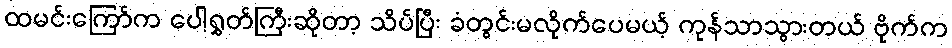
ထမင်းကြော်က ပေါ့ရွှတ်ကြီးဆိုတာ့ သိပ်ပြီး ခံတွင်းမလိုက်ပေမယ့် ကုန်သာသွားတယ် ဗိုက်က